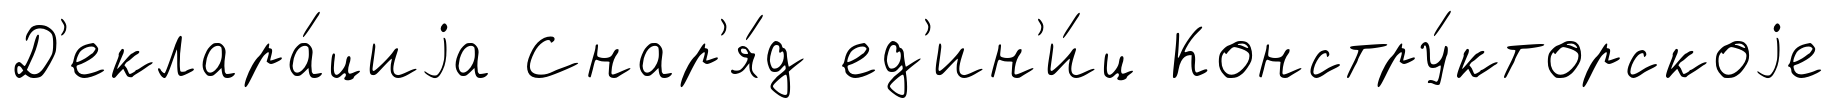
Д'еклара́циjа Снар'я́д ед'ин'и́ц Констру́кторскоjе